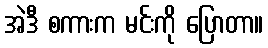
အဲဒီ စကားက မင်းကို ပြောတာ။